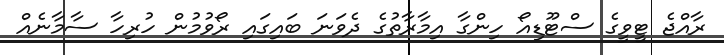
ރާއްޖެ ޓީވީގެ ސްޓޫޑިއޯ ހިންގާ އިމާރާތުގެ ދެވަނަ ބައިގައި ރޯވުމުން ހުރިހާ ސާމާނެއް